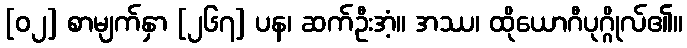
[၀၂] စာမျက်နှာ [၂၆၇] ပန၊ ဆက်ဦးအံ့။ အဿ၊ ထိုယောဂီပုဂ္ဂိုလ်၏။